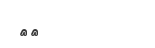
١٣